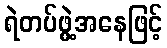
ရဲတပ်ဖွဲ့အနေဖြင့်